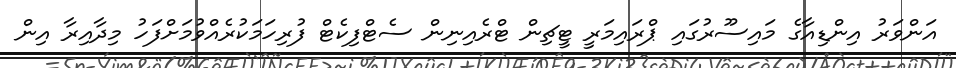
އަންވަރު އިންޑިއާގެ މައިސޫރުގައި ޕްރައިމަރީ ޓީޗިން ޓްރެއިނިން ސެޓްފިކެޓް ފުރިހަމަކުރެއްވުމަށްފަހު މިދާއިރާ އިން